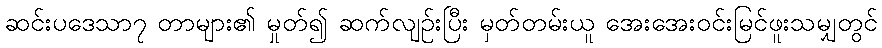
ဆင်းပဒေသာ၇ တာများ၏ မှုတ်၍ ဆက်လျဉ်းပြီး မှတ်တမ်းယူ အေးအေးဝင်းမြင်ဖူးသမျှတွင်